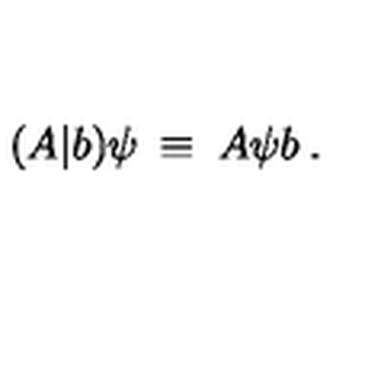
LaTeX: ( A \vert b ) \psi \: \equiv \: A \psi b \: .